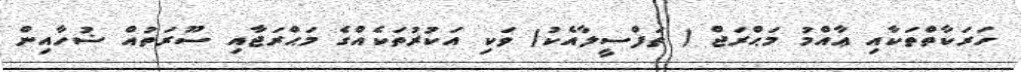
ހަރަކާތްތަކާއި ޢާއްމު މަޙްރަޖް ( ތަފްސީލާއެކު) ވަކި އަކުރުތަކެއްގެ މަޙްރަޖާއި ސޫރަތުއް ޟުހާއިން